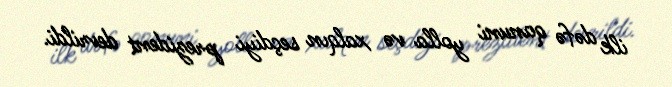
ilk dəfə qanuni yolla və xalqın seçdiyi prezident devrildi.